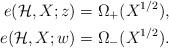
LaTeX: \begin{align*} e(\mathcal{H}, X;z)= \Omega_{+} ( X^{1/2}), \\e(\mathcal{H}, X;w)= \Omega_{-} ( X^{1/2}). \end{align*}